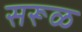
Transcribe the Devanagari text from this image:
सरूळ